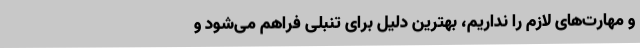
و مهارت‌های لازم را نداریم، بهترین دلیل برای تنبلی فراهم می‌شود و